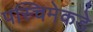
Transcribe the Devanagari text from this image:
पस्चिमेकडे